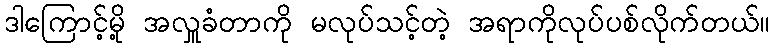
ဒါကြောင့်မို့ အလှူခံတာကို မလုပ်သင့်တဲ့ အရာကိုလုပ်ပစ်လိုက်တယ်။